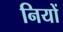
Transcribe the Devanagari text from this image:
नियों